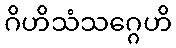
ဂိဟိသံသဂ္ဂေဟိ